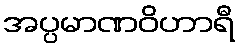
အပ္ပမာဏဝိဟာရီ